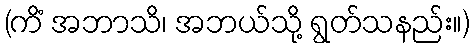
(ကိံ အဘာသိ၊ အဘယ်သို့ ရွတ်သနည်း။)